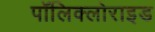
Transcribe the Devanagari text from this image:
पॉलिक्लोराइड